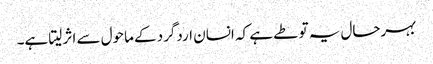
بہرحال یہ تو طے ہے کہ انسان اردگرد کے ماحول سے اثر لیتا ہے۔